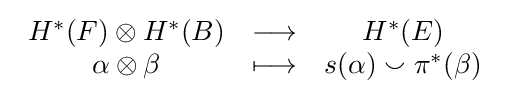
{\begin{array}{ccc}H^{*}(F)\otimes H^{*}(B)&\longrightarrow &H^{*}(E)\\\alpha \otimes \beta &\longmapsto &s(\alpha )\smallsmile \pi ^{*}(\beta )\end{array}}